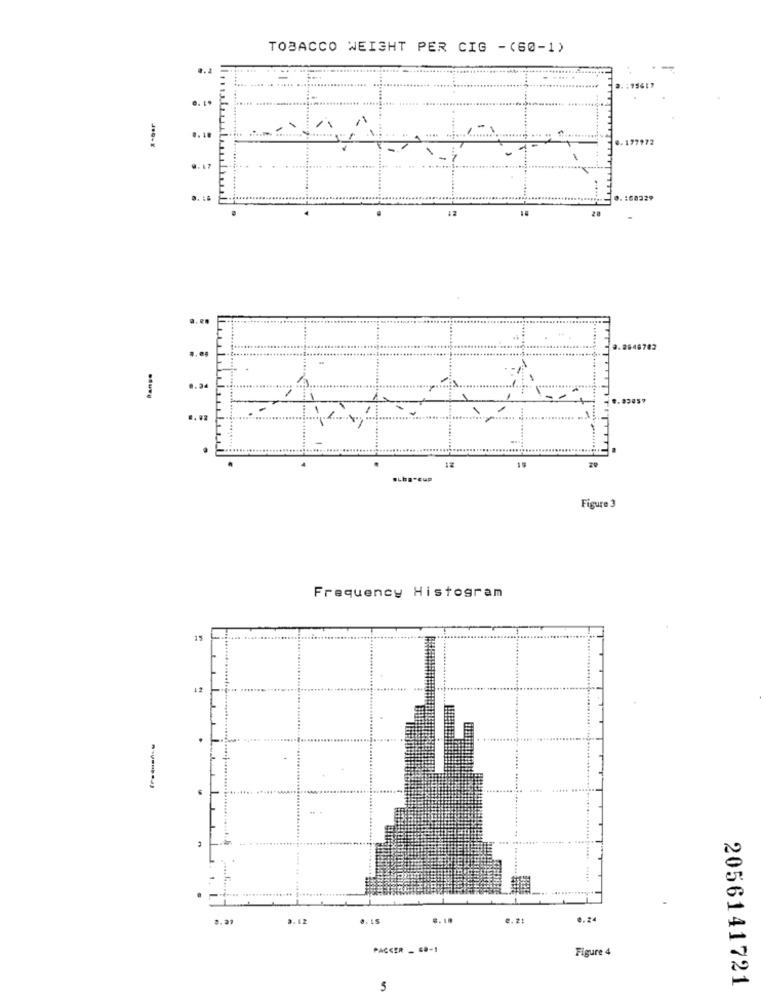
TOBACCO WEIGHT PER CIG -(60-1)
.: 95417
.... ........
0.10
.. 177973
..
.........
.........................
:60329
....
...
........
. 2648782
ـنسلسنا
1.24
..........
.......
.the-Cup
Figure 3
Frequency Histogram
12
.......
...
3.12
. LS
e. 21
0.24
PACCER - GO-1
Figure 4
2056141721